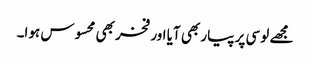
مجھے لوسی پر پیار بھی آیا اور فخر بھی محسوس ہوا۔